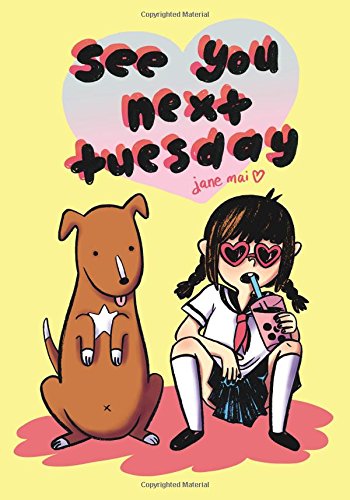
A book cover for See You Next Tuesday; Jane Mai; Comics & Graphic Novels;